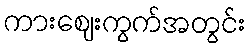
ကားဈေးကွက်အတွင်း